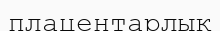
плацентарлық